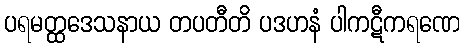
ပရမတ္ထဒေသနာယ တပတီတိ ပဒဟနံ ပါကဋီကရဏေ